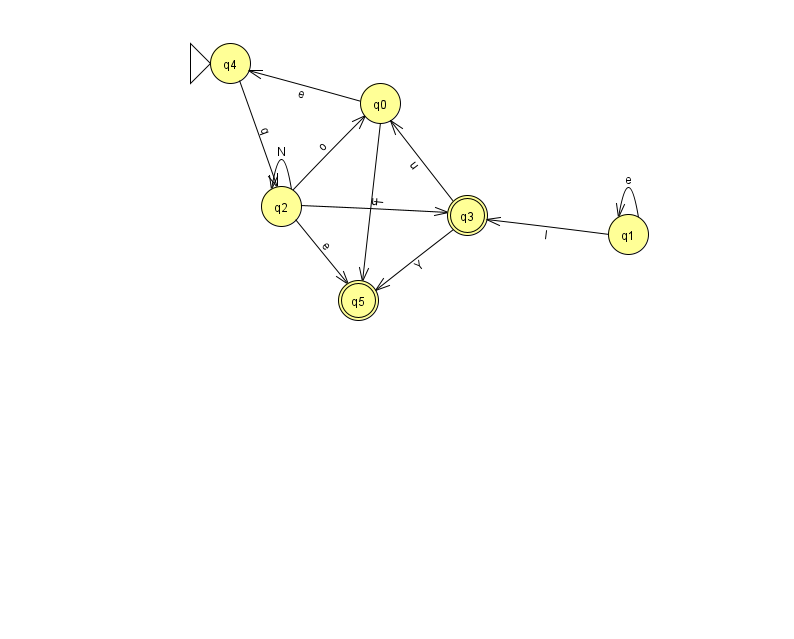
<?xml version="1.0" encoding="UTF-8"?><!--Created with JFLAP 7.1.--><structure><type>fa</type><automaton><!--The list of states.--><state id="0" name="q0"><x>380.0</x><y>90.0</y></state><state id="1" name="q1"><x>628.0</x><y>221.0</y></state><state id="2" name="q2"><x>281.0</x><y>193.0</y></state><state id="3" name="q3"><x>467.0</x><y>202.0</y><final/></state><state id="4" name="q4"><x>230.0</x><y>50.0</y><initial/></state><state id="5" name="q5"><x>358.0</x><y>287.0</y><final/></state><!--The list of transitions.--><transition><from>1</from><to>3</to><read>l</read></transition><transition><from>2</from><to>0</to><read>o</read></transition><transition><from>3</from><to>0</to><read>u</read></transition><transition><from>3</from><to>5</to><read>Y</read></transition><transition><from>0</from><to>5</to><read>I</read></transition><transition><from>1</from><to>1</to><read>e</read></transition><transition><from>2</from><to>5</to><read>e</read></transition><transition><from>4</from><to>2</to><read>q</read></transition><transition><from>0</from><to>4</to><read>e</read></transition><transition><from>2</from><to>3</to><read>u</read></transition><transition><from>2</from><to>2</to><read>N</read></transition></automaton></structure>